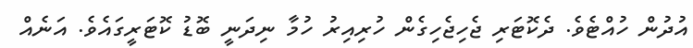
އުދުން ހުއްޓެވެ. ދެކޮޓަރި ޖެހިޖެހިގެން ހުރިއިރު ހުމާ ނިދަނީ ބޮޑު ކޮޓަރީގައެވެ. އަނެއް